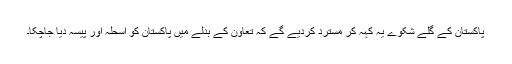
پاکستان کے گلے شکوے یہ کہہ کر مسترد کردیے گے کہ تعاون کے بدلے میں پاکستان کو اسحلہ اور پیسہ دیا جاچکا۔